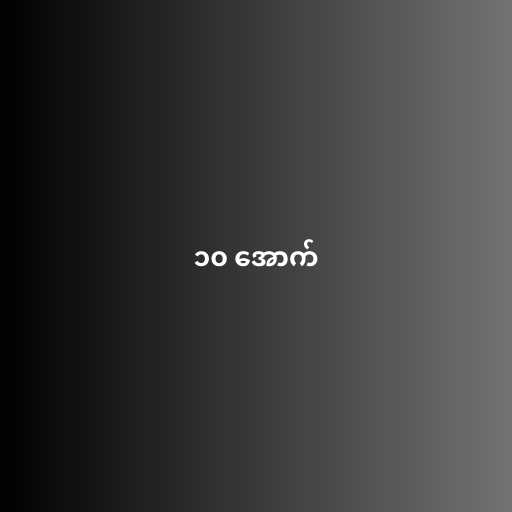
၁၀ အောက်